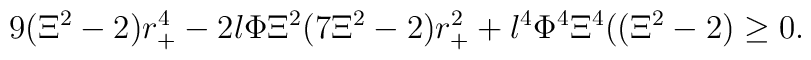
9(\Xi ^2-2)r_{+}^4-2l\Phi \Xi ^2(7\Xi ^2-2)r_{+}^2+l^4\Phi ^4\Xi ^4((\Xi^2-2)\geq 0.